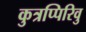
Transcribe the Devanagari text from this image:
कुत्रप्पिरिवु